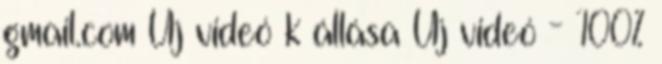
gmail.com Új videó k állása Új videó - 100%